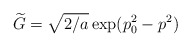
\begin{align*}\widetilde{G}=\sqrt{2/a}\exp(p_0^2-p^2)\end{align*}